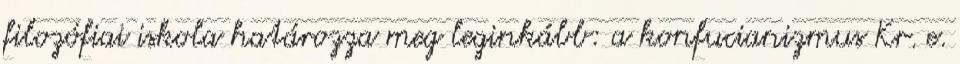
filozófiai iskola határozza meg leginkább: a konfucianizmus Kr. e.